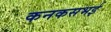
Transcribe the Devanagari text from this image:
कनकसभई